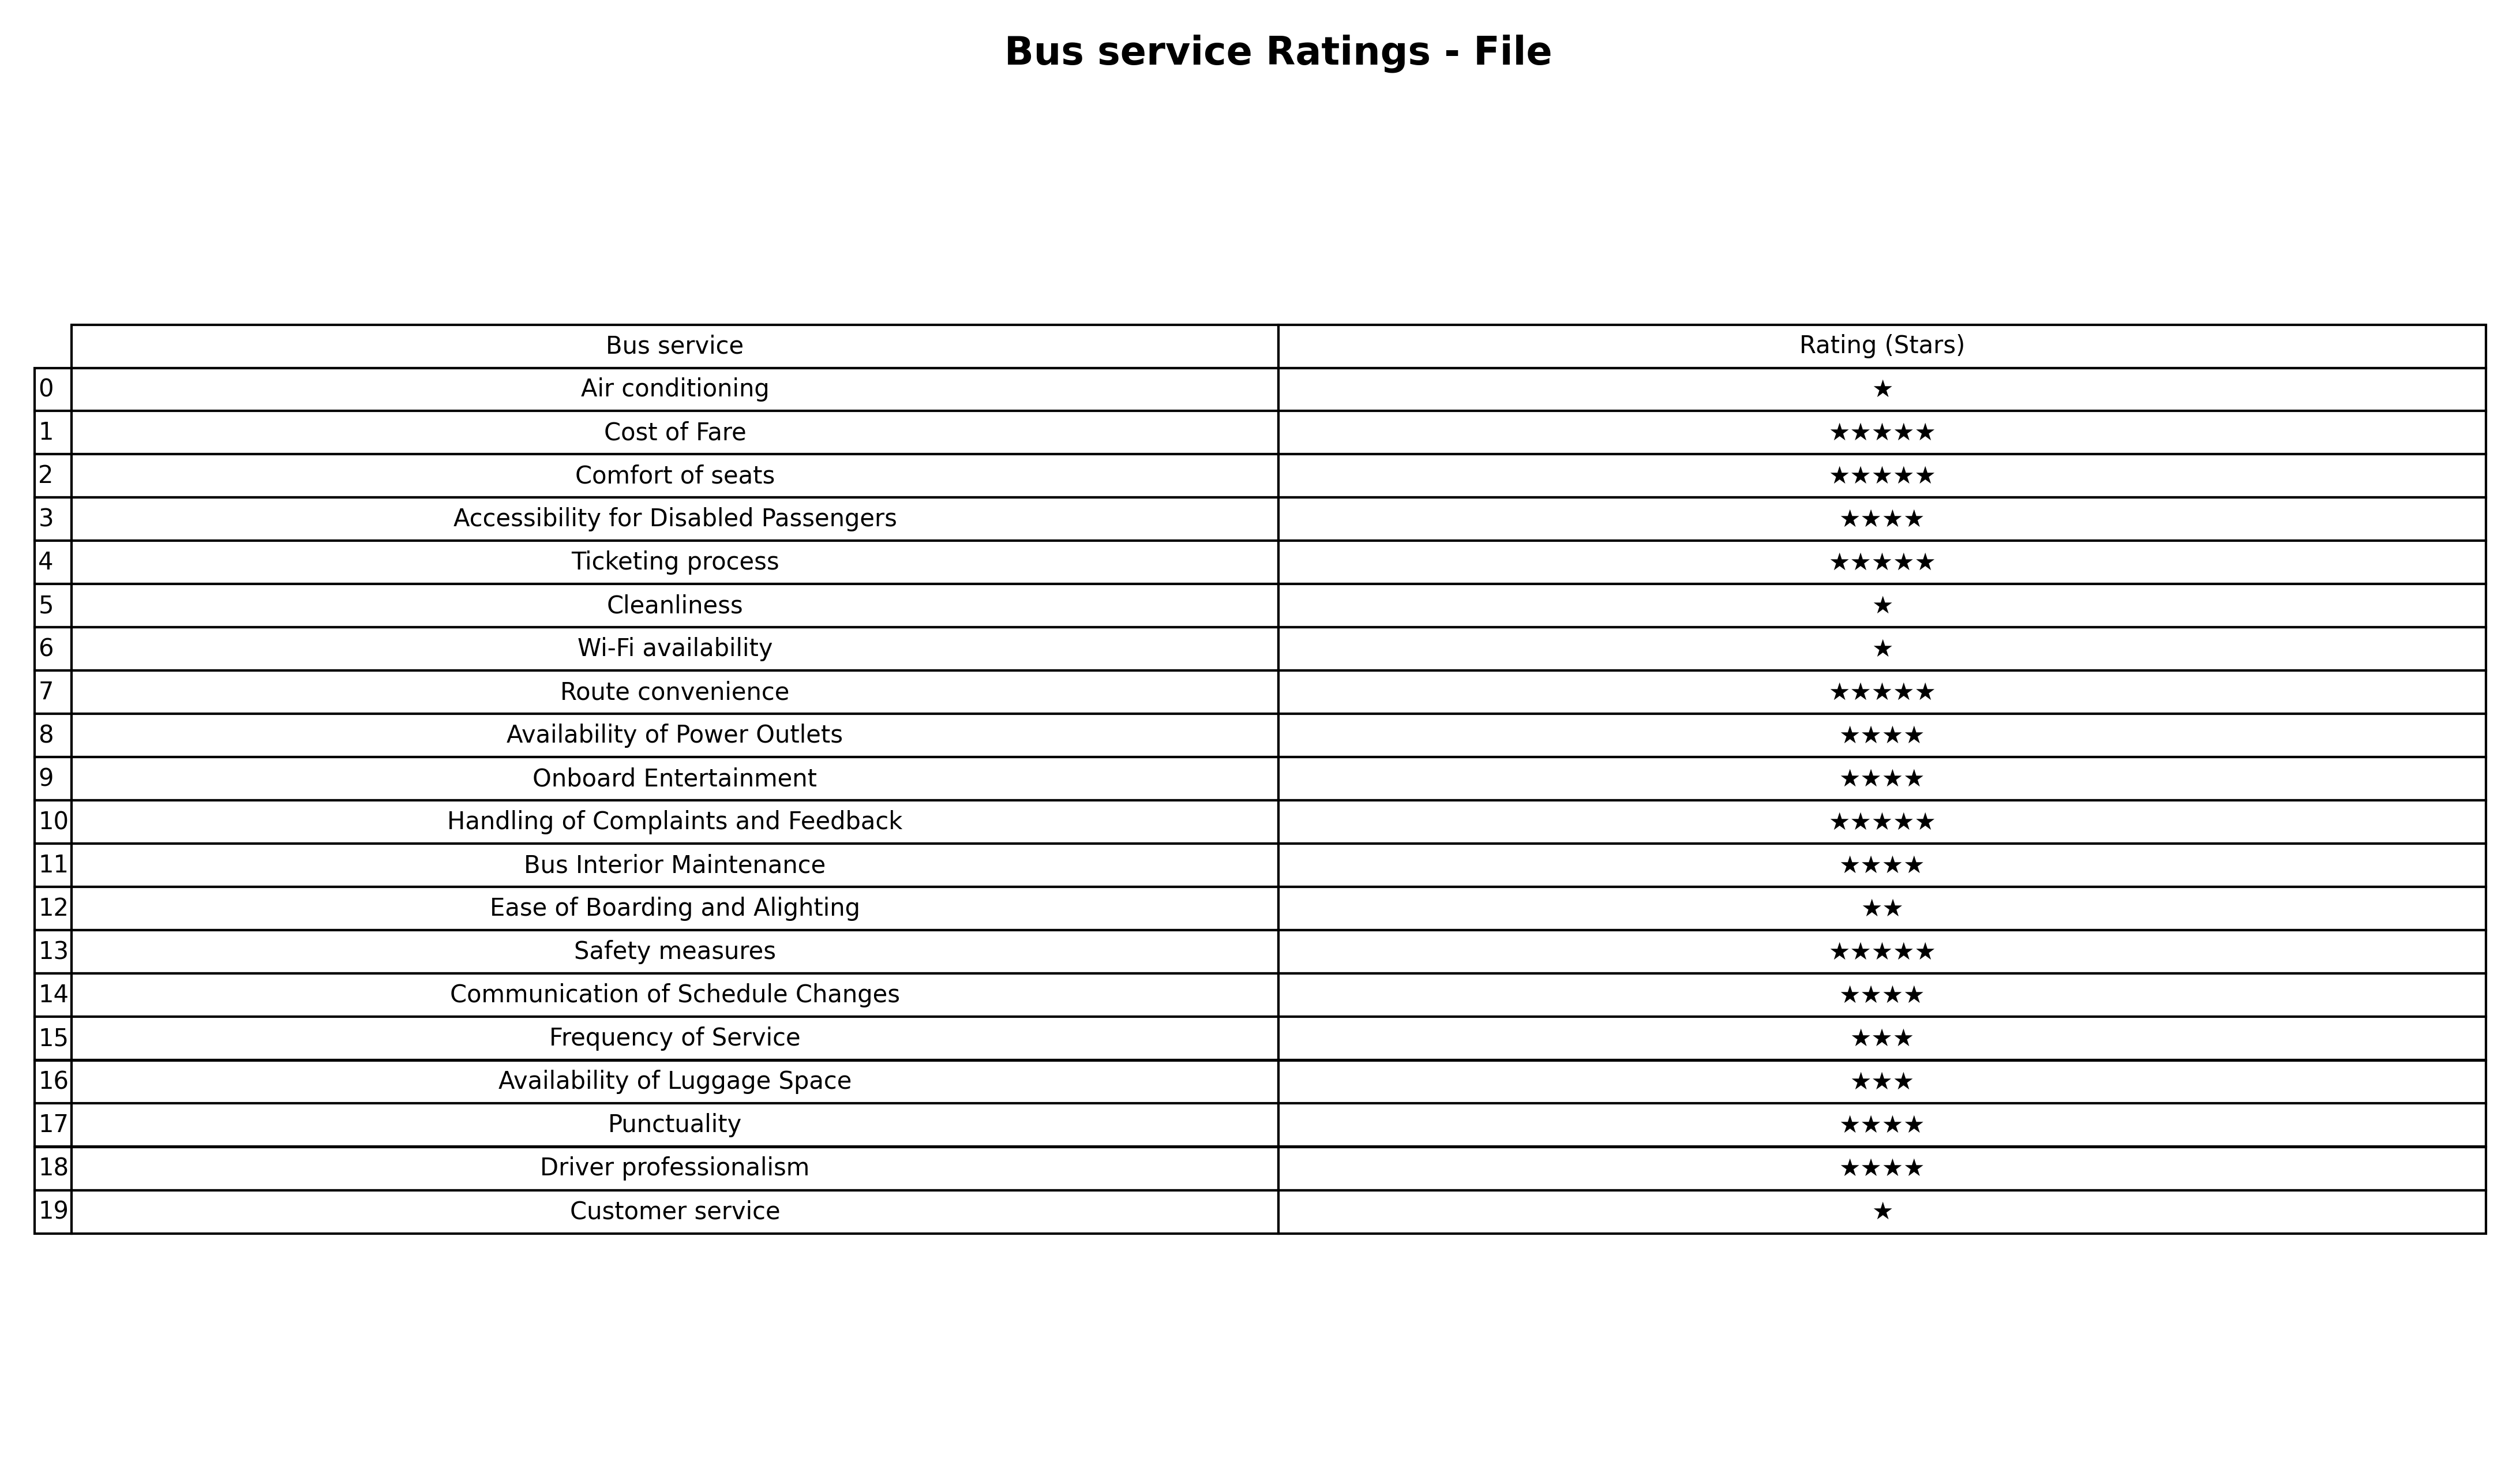
question: What are five star services?
answer: Cost of FareComfort of seatsTicketing processRoute convenienceHandling of Complaints and FeedbackSafety measures